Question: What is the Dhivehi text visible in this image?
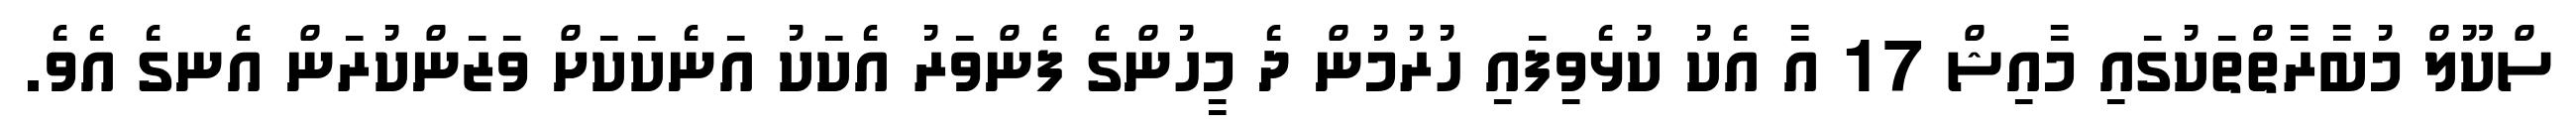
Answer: ސްކޫލް މުބާރާތްތަކުގައި މާއިޝް 17 އާ އެކު ކުޅެވިފައި ހުރުމުން ދެ މީހުންގެ ފެންވަރު އެކަކު އަނެކަކަށް ވަޒަންކުރަން އެނގެ އެވެ.